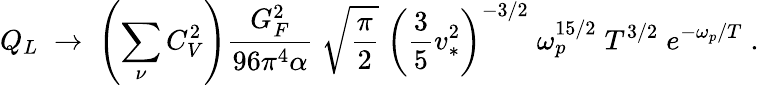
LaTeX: {Q_{L}\; \rightarrow\; \left(\sum_{\nu}C_{V}^{2}\right){\frac{G_{F}^{2}}{96\pi^{4}\alpha}}\; \sqrt{{\frac{\pi}{2}}}\; \left({\frac{3}{5}}v_{*}^{2}\right)^{-3/2}\; \omega_{p}^{15/2}\; T^{3/2}\; e^{-\omega_{p}/T}\; .}